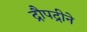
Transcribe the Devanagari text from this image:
द्रौपद्रीने